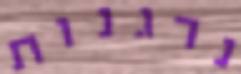
נרגנות